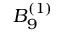
{ B } _ { 9 } ^ { ( 1 ) }